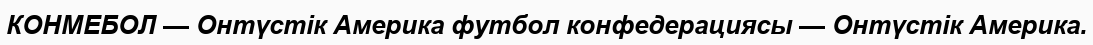
КОНМЕБОЛ — Онтүстік Америка футбол конфедерациясы — Онтүстік Америка.